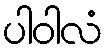
ပါဝါလံ